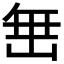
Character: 𮉰